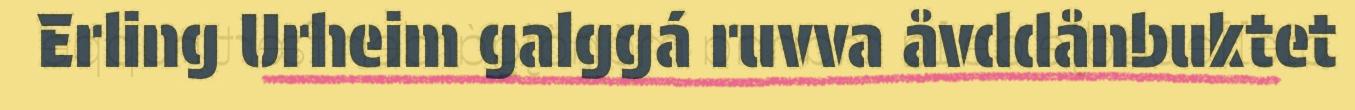
Erling Urheim galggá ruvva åvddånbuktet